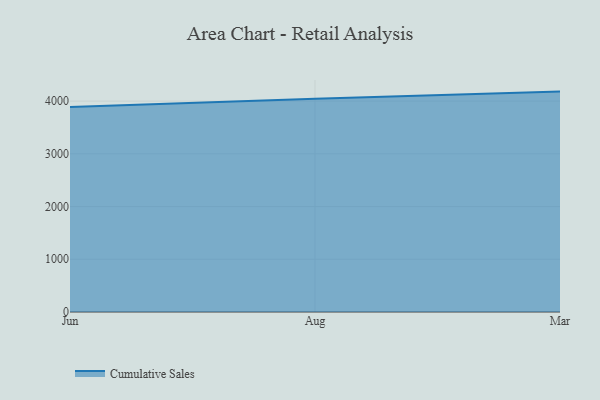
{"axis": {"x": "Month", "y": "Page Views"}, "legend": ["Cumulative Sales"], "data": [{"x": "Jun", "y": 3890.7, "type": "Cumulative Sales"}, {"x": "Aug", "y": 4046.8, "type": "Cumulative Sales"}, {"x": "Mar", "y": 4180.8, "type": "Cumulative Sales"}]}